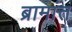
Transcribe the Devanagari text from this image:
ब्रामांत